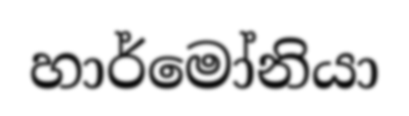
හාර්මෝනියා